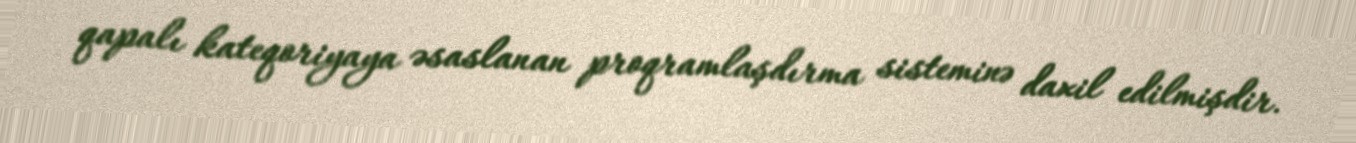
qapalı kateqoriyaya əsaslanan proqramlaşdırma sisteminə daxil edilmişdir.